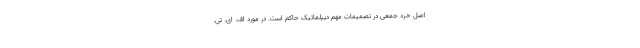
اصل خرد جمعی در تصمیمات مهم دیپلماتیک حاکم است. در مورد اف. ای. تی.